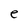
Character: e